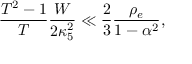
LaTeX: \frac { T ^ { 2 } - 1 } { T } \frac { W } { 2 \kappa _ { 5 } ^ { 2 } } \ll \frac { 2 } { 3 } \frac { \rho _ { e } } { 1 - \alpha ^ { 2 } } ,